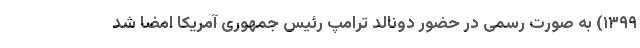
۱۳۹۹) به صورت رسمی در حضور دونالد ترامپ رئیس جمهوری آمریکا امضا شد